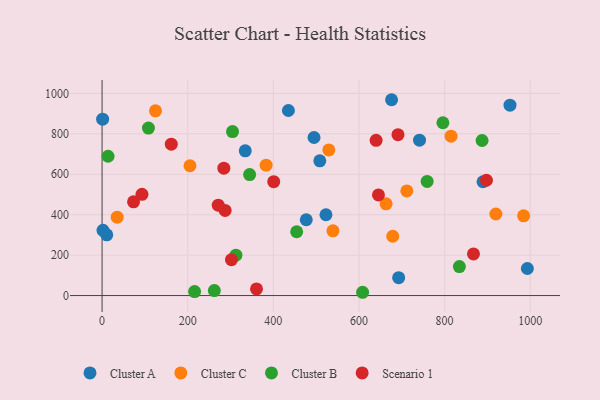
{"axis": {"x": "Speed", "y": "Rating"}, "legend": ["Cluster A", "Cluster B", "Cluster C", "Scenario 1"], "data": [{"x": "889.7", "y": 562.9, "type": "Cluster A"}, {"x": "495.0", "y": 781.8, "type": "Cluster A"}, {"x": "676.1", "y": 968.7, "type": "Cluster A"}, {"x": "952.7", "y": 941.9, "type": "Cluster A"}, {"x": "1.3", "y": 872.6, "type": "Cluster A"}, {"x": "522.9", "y": 399.8, "type": "Cluster A"}, {"x": "508.5", "y": 666.6, "type": "Cluster A"}, {"x": "11.0", "y": 300.5, "type": "Cluster A"}, {"x": "2.2", "y": 322.8, "type": "Cluster A"}, {"x": "741.4", "y": 768.4, "type": "Cluster A"}, {"x": "993.3", "y": 133.8, "type": "Cluster A"}, {"x": "476.9", "y": 374.9, "type": "Cluster A"}, {"x": "435.2", "y": 915.4, "type": "Cluster A"}, {"x": "334.4", "y": 715.9, "type": "Cluster A"}, {"x": "692.7", "y": 88.5, "type": "Cluster A"}, {"x": "815.1", "y": 788.3, "type": "Cluster C"}, {"x": "383.1", "y": 644.9, "type": "Cluster C"}, {"x": "678.9", "y": 293.3, "type": "Cluster C"}, {"x": "663.3", "y": 453.6, "type": "Cluster C"}, {"x": "711.7", "y": 517.7, "type": "Cluster C"}, {"x": "529.6", "y": 720.6, "type": "Cluster C"}, {"x": "919.7", "y": 403.3, "type": "Cluster C"}, {"x": "124.8", "y": 914.0, "type": "Cluster C"}, {"x": "539.2", "y": 320.1, "type": "Cluster C"}, {"x": "205.3", "y": 642.2, "type": "Cluster C"}, {"x": "984.5", "y": 394.6, "type": "Cluster C"}, {"x": "35.3", "y": 387.6, "type": "Cluster C"}, {"x": "216.1", "y": 19.5, "type": "Cluster B"}, {"x": "14.0", "y": 689.2, "type": "Cluster B"}, {"x": "454.5", "y": 315.6, "type": "Cluster B"}, {"x": "312.6", "y": 199.5, "type": "Cluster B"}, {"x": "262.2", "y": 24.6, "type": "Cluster B"}, {"x": "108.3", "y": 828.4, "type": "Cluster B"}, {"x": "887.5", "y": 767.0, "type": "Cluster B"}, {"x": "344.6", "y": 598.5, "type": "Cluster B"}, {"x": "834.5", "y": 143.3, "type": "Cluster B"}, {"x": "304.7", "y": 811.3, "type": "Cluster B"}, {"x": "759.2", "y": 564.7, "type": "Cluster B"}, {"x": "608.5", "y": 16.2, "type": "Cluster B"}, {"x": "796.0", "y": 854.7, "type": "Cluster B"}, {"x": "271.3", "y": 447.0, "type": "Scenario 1"}, {"x": "691.1", "y": 796.0, "type": "Scenario 1"}, {"x": "287.4", "y": 421.2, "type": "Scenario 1"}, {"x": "93.2", "y": 500.7, "type": "Scenario 1"}, {"x": "640.0", "y": 767.7, "type": "Scenario 1"}, {"x": "897.7", "y": 570.3, "type": "Scenario 1"}, {"x": "284.4", "y": 630.0, "type": "Scenario 1"}, {"x": "161.7", "y": 748.6, "type": "Scenario 1"}, {"x": "645.5", "y": 497.7, "type": "Scenario 1"}, {"x": "400.9", "y": 563.5, "type": "Scenario 1"}, {"x": "360.7", "y": 32.9, "type": "Scenario 1"}, {"x": "73.5", "y": 463.4, "type": "Scenario 1"}, {"x": "302.2", "y": 177.3, "type": "Scenario 1"}, {"x": "867.4", "y": 205.7, "type": "Scenario 1"}]}